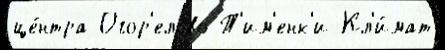
це́нтра Огор'елово Т'им'енк'и Кл'и́мат